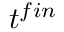
t ^ { f i n }